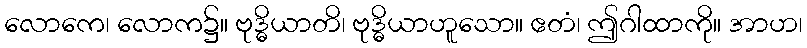
လောကေ၊ လောက၌။ ဗုဒ္ဓိယာတိ၊ ဗုဒ္ဓိယာဟူသော။ ဧတံ၊ ဤဂါထာကို။ အာဟ၊